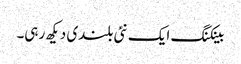
بینکنگ ایک نئی بلندی دیکھ رہی۔